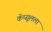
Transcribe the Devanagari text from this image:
कॅप्सूलला